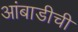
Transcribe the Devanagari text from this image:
आंबाडीची